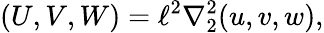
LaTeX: (U,V,W)=\ell^{2}\nabla_{2}^{2}(u,v,w),